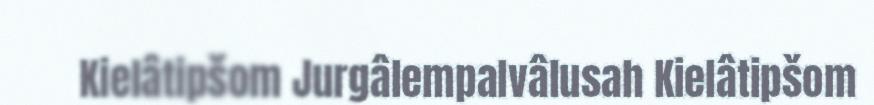
Kielâtipšom Jurgâlempalvâlusah Kielâtipšom